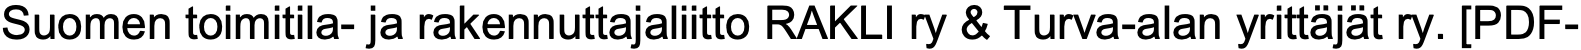
Suomen toimitila- ja rakennuttajaliitto RAKLI ry & Turva-alan yrittäjät ry. [PDF-